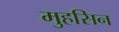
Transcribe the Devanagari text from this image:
मुहसिन